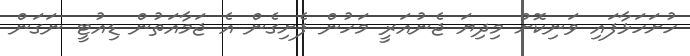
ހުށަހަޅާފައި ވަނިކޮށް މިދިޔަ ޖެނުއަރީ މަހުން ފެށިގެން އެ ޖަމާއަތުން ޑިއުޓީ ނަގަން